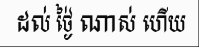
ដល់ ថ្ងៃ់ ណាស់ ហើយ